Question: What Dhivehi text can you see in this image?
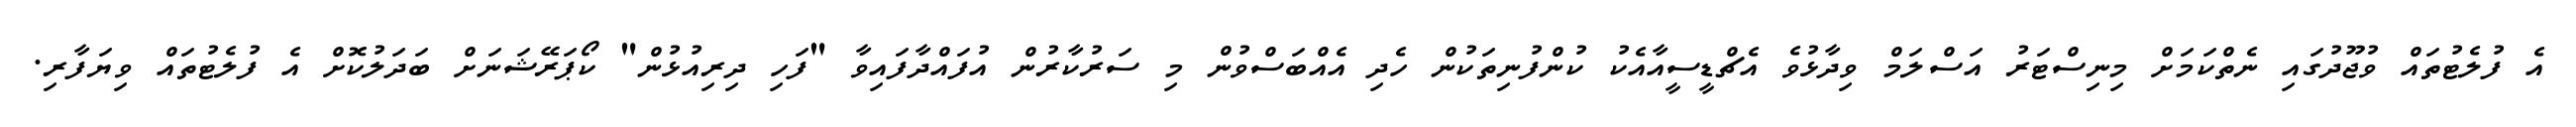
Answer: އެ ފުލެޓުތައް ވުޖޫދުގައި ނެތްކަމަށް މިނިސްޓަރު އަސްލަމް ވިދާޅުވެ އެޗްޑީސީއާއެކު ކުންފުނިތަކުން ހެދި އެއްބަސްވުން މި ސަރުކާރުން އުފައްދާފައިވާ "ފަހި ދިރިއުޅުން" ކޯޕަރޭޝަނަށް ބަދަލުކޮށް އެ ފުލެޓުތައް ވިޔަފާރި.